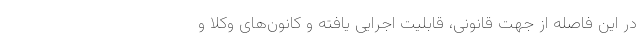
در این فاصله از جهت قانونی، قابلیت اجرایی یافته و کانون‌های وکلا و